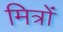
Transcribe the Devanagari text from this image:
मित्रोंं